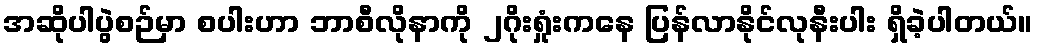
အဆိုပါပွဲစဉ်မှာ စပါးဟာ ဘာစီလိုနာကို ၂ဂိုးရှုံးကနေ ပြန်လာနိုင်လုနီးပါး ရှိခဲ့ပါတယ်။